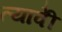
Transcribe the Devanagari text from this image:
त्यावेी